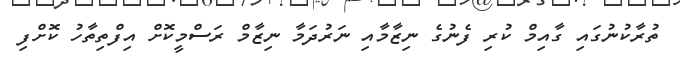
ތުރާކުނުގައި ގާއިމް ކުރި ފެނުގެ ނިޒާމާއި ނަރުދަމާ ނިޒާމް ރަސްމީކޮށް އިފްތިތާހު ކޮށްފި